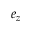
\boldsymbol { e } _ { z }